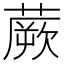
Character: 蕨